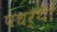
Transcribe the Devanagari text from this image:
पधर्थों